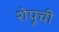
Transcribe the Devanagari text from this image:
शेपूची